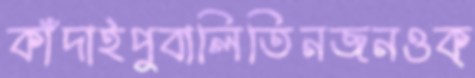
কাঁদাইপুবালিতিনজনওক্